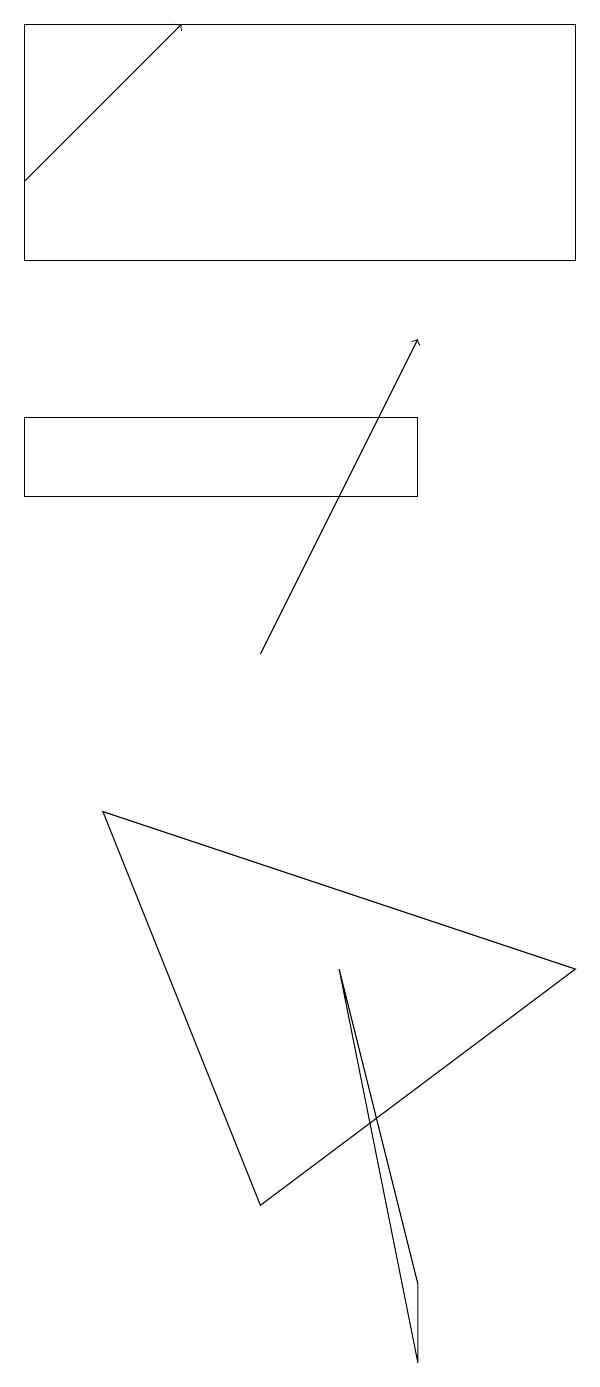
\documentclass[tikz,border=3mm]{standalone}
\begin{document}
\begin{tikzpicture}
\draw (0,18) rectangle (7,15);
\draw (5,13) rectangle (0,12);
\draw (5,1) -- (4,6) -- (5,2) -- cycle;
\draw[->] (0,16) -- (2,18);
\draw (1,8) -- (3,3) -- (7,6) -- cycle;
\draw[->] (3,10) -- (5,14);
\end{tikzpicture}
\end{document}